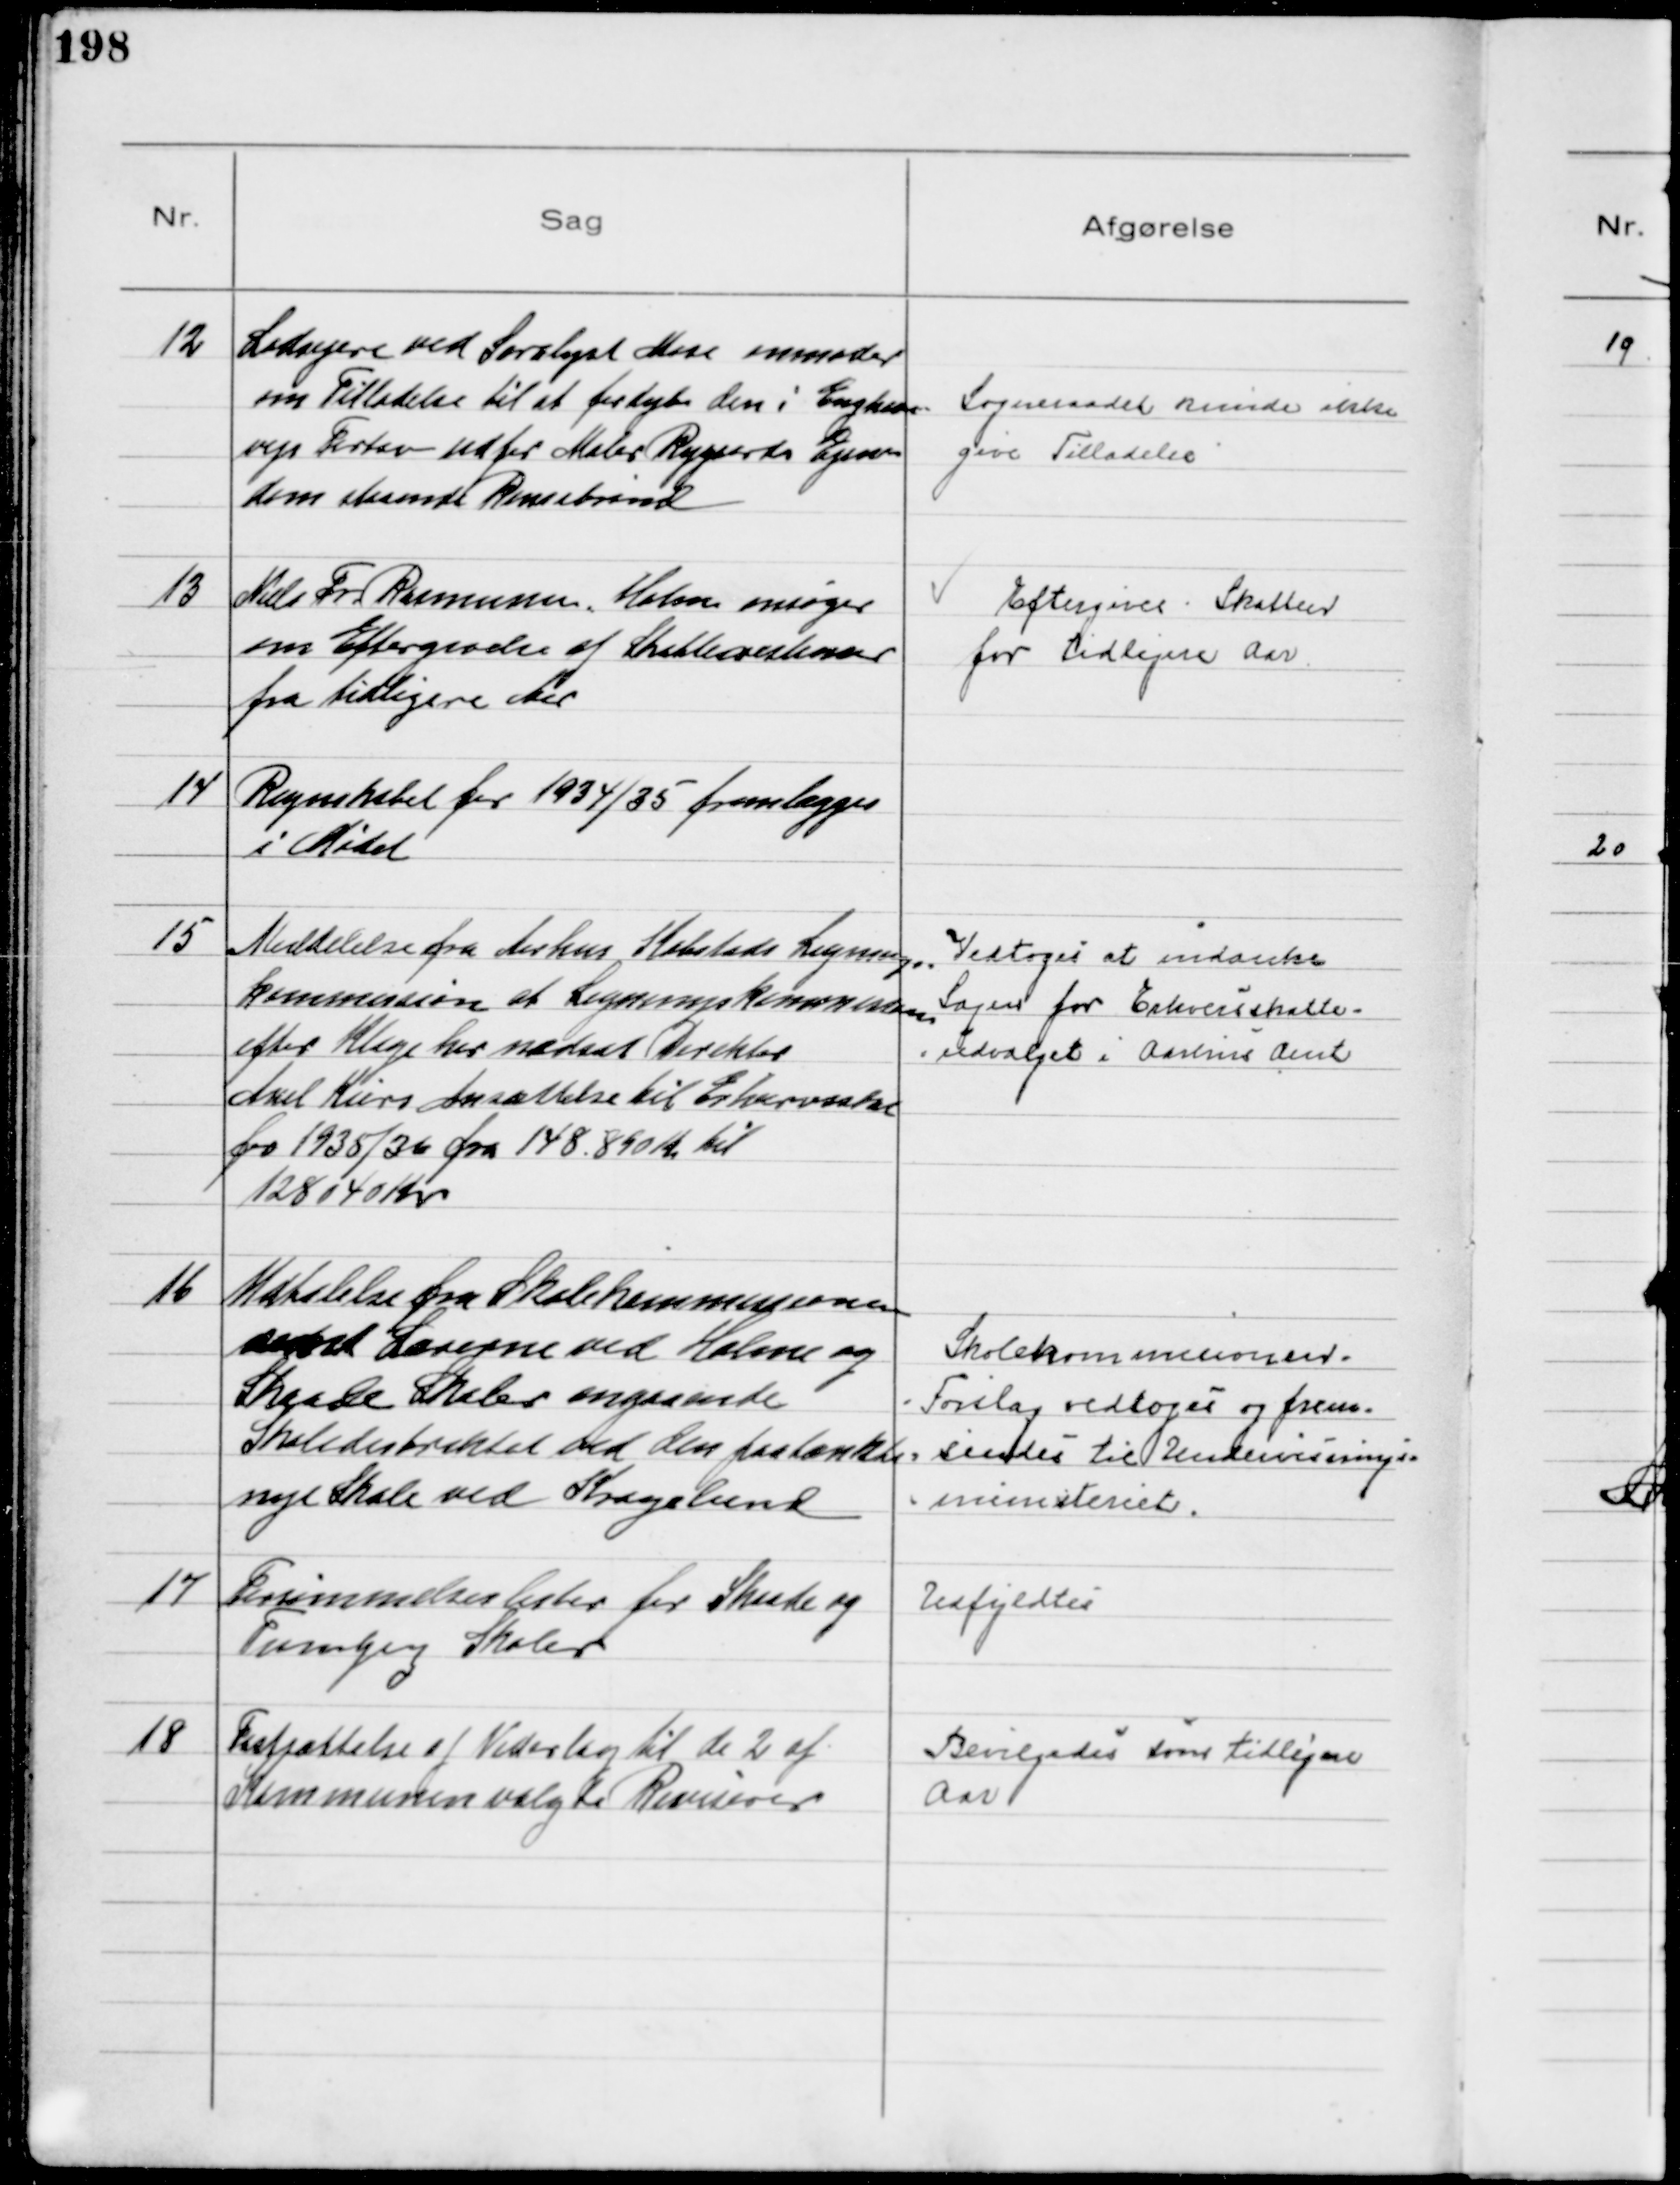
Transskription:
12
Lodsejere ved Saralyst Mose anmoder
om Tilladelse til at fordybe den i Enghave=
vejs Fortov ud for Maler Rygaards Ejen=
dom staaende Rensebrønd

Sogneraadet kunde ikke
give Tilladelse

13
Niels Fr. Rasmussen, Holme ansøger
om Eftergivelse af Skatterestancer
fra tidligere Aar

Eftergives Skatten
for tidligere Aar

14
Regnskabet for 1934/35 fremlægges
i Mødet

15
Meddelelse fra Aarhus Købstads Lignings=
kommission at Ligningskommissionen
efter Klage har nedsat Direktør
Aksel Kiers Ansættelse til Erhvervsskat
for 1935/36 fra 148.850 Kr til
128040 Kr
Vedtoges at indanke
Sagen for Erhvervsskatte-
-udvalget i Aarhus Amt

16
Udtalelse fra Skolekommissionen
samt Lærerne ved Holme og
Skaade Skoler angaaende
Skoledistriktet ved den paatænkte
nye Skole ved Kragelund

Skolekommissionens
Forslag vedtoges og frem=
sendes til Undervisnings=
ministeriet.

17
Forsømmelseslister for Skaade og
Tranbjerg Skoler

Udfyldtes

18
Fastsættelse af Vederlag til de 2 af
Kommunen valgte Revisorer

Bevilgedes som tidligere
Aar